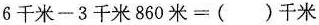
$$6 千 米 - 3 千 米 8 6 0 米 = （ ） 千 米$$